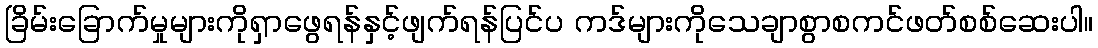
ခြိမ်းခြောက်မှုများကိုရှာဖွေရန်နှင့်ဖျက်ရန်ပြင်ပ ကဒ်များကိုသေချာစွာစကင်ဖတ်စစ်ဆေးပါ။